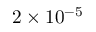
2 \times 1 0 ^ { - 5 }